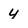
Character: 4